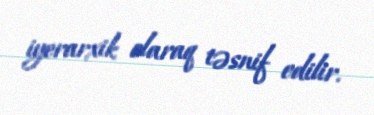
iyerarxik olaraq təsnif edilir.